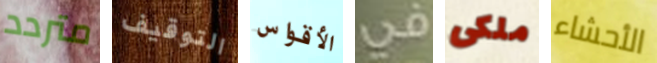
متردد التوقيف الأقواس في ملكى الأحشاء